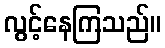
လွင့်နေကြသည်။